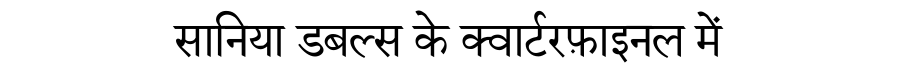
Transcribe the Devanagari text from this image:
सानिया डबल्स के क्वार्टरफ़ाइनल में